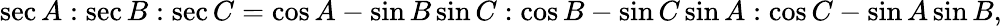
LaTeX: \sec A:\sec B:\sec C=\cos A-\sin B\sin C:\cos B-\sin C\sin A:\cos C-\sin A\sin B,